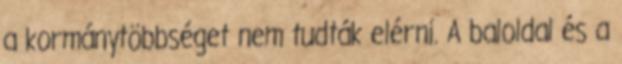
a kormánytöbbséget nem tudták elérni. A baloldal és a